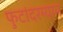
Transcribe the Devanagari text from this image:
फुटांदरम्यान